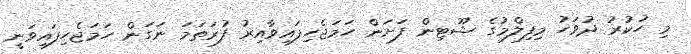
މި ހުކުރު ދުވަހު މިފިލްމުގެ ޝޫޓިން ފަށަން ހަމަޖެހިފައިވާއިރު ފުރަތަމަ ނަގަން ހަމަޖެހިފައިވަނީ